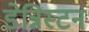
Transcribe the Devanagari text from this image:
डेन्निस्टन